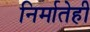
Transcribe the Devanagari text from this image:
निर्मातेही